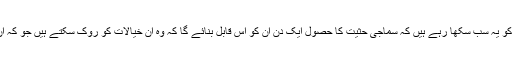
لیکن ہم ان سے کیا توقع رکھ سکتے ہیں جب ہم خود ان کو یہ سب سکھا رہے ہیں کہ سماجی حثیت کا حصول ایک دن ان کو اس قابل بنائے گا کہ وہ ان خیالات کو روک سکتے ہیں جو کہ ان کے استحقاق کے لئے خطرناک یا اس کے منافی ہوں۔